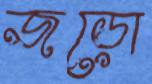
জড়ো